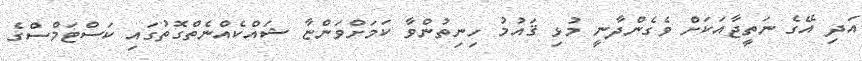
އަދި އޭގެ ނަތީޖާއަކަށް ވެގެންދާނީ މުޅި ޤައުމު ހިނިތުންވާ ކަމަށްވަންޏާ ޝައްކެއްނެތްގޮތުގައި ކަސްޓަމްސްގެ